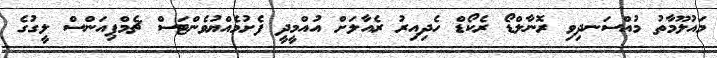
މައުލޫމާތު މުއްސަނދިވި ރޮނާލްޑޯ ރެކޯޑް ހެދިއިރު ރެއާލަށް އުއްމީދީ ފެށުމެއްޔުވެންޓަސް ޗެމްޕިއަންސް ލީގުގެ